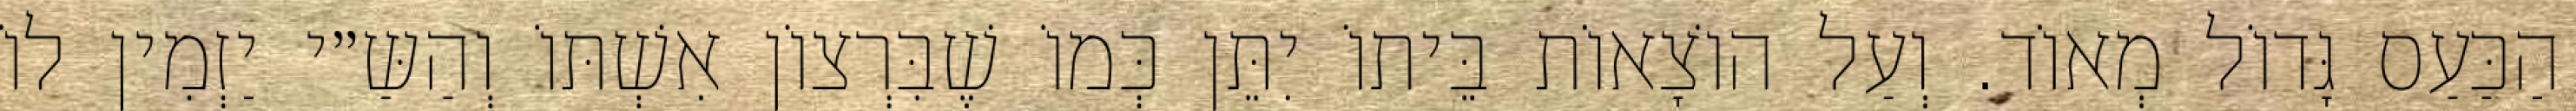
הַכַּעַס גָּדוֹל מְאוֹד. וְעַל הוֹצָאוֹת בֵּיתוֹ יִתֵּן כְּמוֹ שֶׁבִּרְצוֹן אִשְׁתּוֹ וְהַשַּ״י יַזְמִין לוֹ